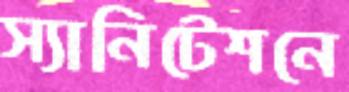
স্যানিটেশনে